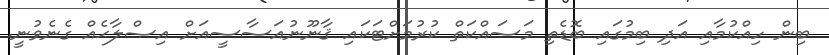
ބިން ހިއްކުމާއި އަދި ބިމުގައި ބޮޑެތި މަސައްކަތް ކުރުމަށްޓަކައި ޤާނޫނުއަސާސީއަށް އިޞްލާޙެއް ގެނެވުނީ.